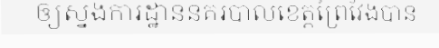
ឲ្យស្នងការដ្ឋាននគរបាលខេត្តព្រៃវែងបាន